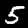
Digit: 5